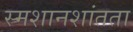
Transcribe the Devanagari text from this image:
स्मशानशांतता